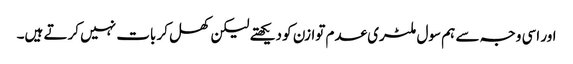
اور اسی وجہ سے ہم سول ملٹری عدم توازن کو دیکھتے لیکن کھل کر بات نہیں کرتے ہیں۔